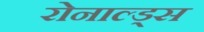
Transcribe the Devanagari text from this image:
रोनाल्ड्स